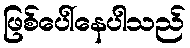
ဖြစ်ပေါ်နေပါသည်